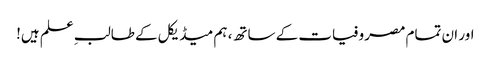
اور ان تمام مصروفیات کے ساتھ، ہم میڈیکل کے طالبِ علم ہیں!